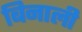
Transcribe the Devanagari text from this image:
बिनाली